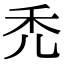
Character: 禿